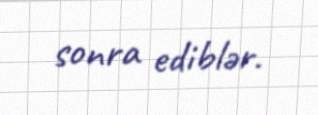
sonra ediblər.